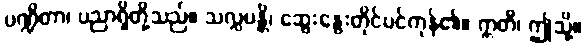
ပဏ္ဍိတာ၊ ပညာရှိတို့သည်။ သလ္လပန္တိ၊ ဆွေးနွေးတိုင်ပင်ကုန်၏။ ဣတိ၊ ဤသို့။